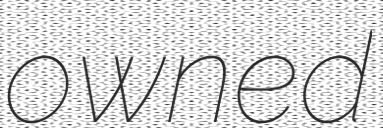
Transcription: owned